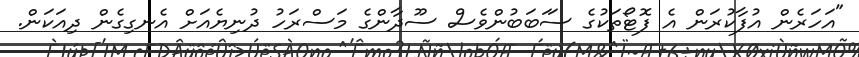
"އަހަރެން އުފާކުރަން އެ ފޮޓޯތަކުގެ ސަަބަބުންވެސް ސޫދާންގެ މަސްރަހު ދުނިޔެއަށް އެނގިގެން ދިއަކަން.